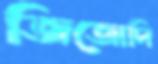
জিজোদি